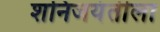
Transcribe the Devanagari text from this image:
शनिजयंतीला